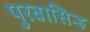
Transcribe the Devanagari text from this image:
पुरबासिन्ह